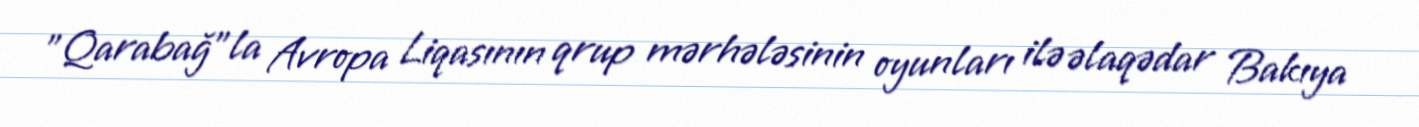
"Qarabağ"la Avropa Liqasının qrup mərhələsinin oyunları ilə əlaqədar Bakıya